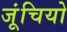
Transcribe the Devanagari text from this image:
जूंचियो